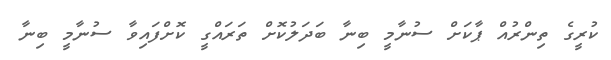
ކުރީގެ ތިންރުއް ޕާކަށް ސުނާމީ ބިނާ ބަދަލުކޮށް ތަރައްގީ ކޮށްފައިވާ ސުނާމީ ބިނާ